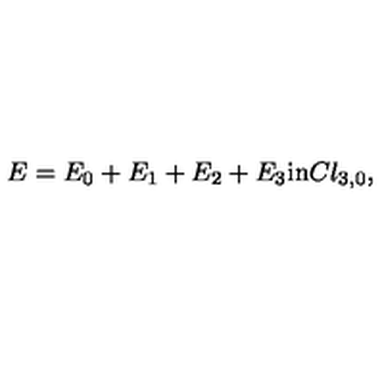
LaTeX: E = E _ { 0 } + E _ { 1 } + E _ { 2 } + E _ { 3 } \mathrm { i n } C l _ { 3 , 0 } ,